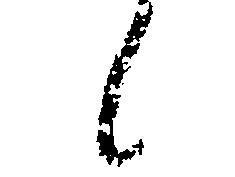
候